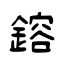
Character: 鎔